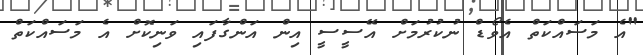
"އެ މަސައްކަތް އެވޯޑް ނުކުރުމަށް އޭސީސީ އިން އަންގާފައި ވަނިކޮށް އެ މަސައްކަތް